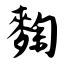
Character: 麴